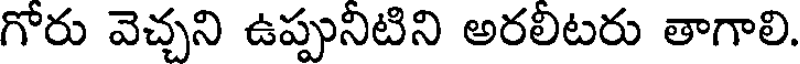
గోరు వెచ్చని ఉప్పునిటిని అరలిటరు తాగాలి.